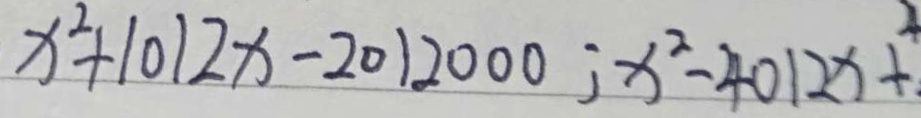
x ^ { 2 } + 1 0 1 2 x - 2 0 1 2 0 0 0 ; x ^ { 2 } - 4 0 1 2 x + ^ { 4 }